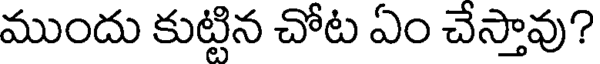
ముందు కుట్టిన చోట ఏం చేస్తావు?